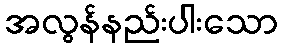
အလွန်နည်းပါးသော